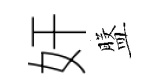
奸盤